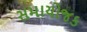
સમાયોજક